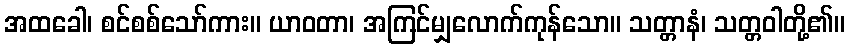
အထခေါ၊ စင်စစ်သော်ကား။ ယာဝတာ၊ အကြင်မျှလောက်ကုန်သော။ သတ္တာနံ၊ သတ္တဝါတို့၏။